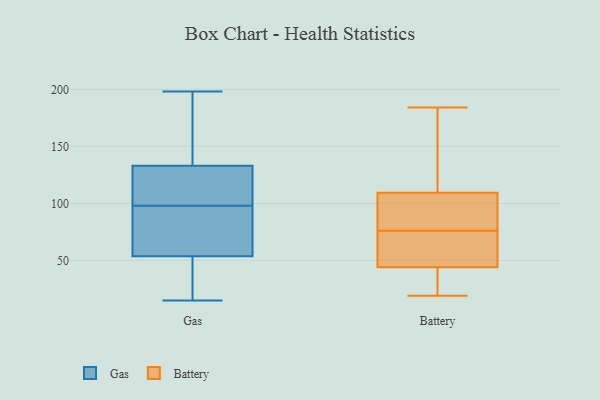
{"axis": {"x": "Conversion Rate (%)", "y": "Value"}, "legend": ["Battery", "Gas"], "data": [{"x": "", "y": 170, "type": "Gas"}, {"x": "", "y": 198, "type": "Gas"}, {"x": "", "y": 16, "type": "Gas"}, {"x": "", "y": 94, "type": "Gas"}, {"x": "", "y": 116, "type": "Gas"}, {"x": "", "y": 133, "type": "Gas"}, {"x": "", "y": 42, "type": "Gas"}, {"x": "", "y": 59, "type": "Gas"}, {"x": "", "y": 160, "type": "Gas"}, {"x": "", "y": 74, "type": "Gas"}, {"x": "", "y": 100, "type": "Gas"}, {"x": "", "y": 98, "type": "Gas"}, {"x": "", "y": 133, "type": "Gas"}, {"x": "", "y": 119, "type": "Gas"}, {"x": "", "y": 184, "type": "Gas"}, {"x": "", "y": 87, "type": "Gas"}, {"x": "", "y": 52, "type": "Gas"}, {"x": "", "y": 15, "type": "Gas"}, {"x": "", "y": 41, "type": "Gas"}, {"x": "", "y": 184, "type": "Battery"}, {"x": "", "y": 38, "type": "Battery"}, {"x": "", "y": 168, "type": "Battery"}, {"x": "", "y": 51, "type": "Battery"}, {"x": "", "y": 19, "type": "Battery"}, {"x": "", "y": 32, "type": "Battery"}, {"x": "", "y": 98, "type": "Battery"}, {"x": "", "y": 78, "type": "Battery"}, {"x": "", "y": 46, "type": "Battery"}, {"x": "", "y": 127, "type": "Battery"}, {"x": "", "y": 54, "type": "Battery"}, {"x": "", "y": 113, "type": "Battery"}, {"x": "", "y": 32, "type": "Battery"}, {"x": "", "y": 76, "type": "Battery"}, {"x": "", "y": 48, "type": "Battery"}, {"x": "", "y": 108, "type": "Battery"}, {"x": "", "y": 98, "type": "Battery"}]}